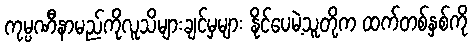
ကုမ္ပဏီနာမည်ကိုလူသိများချင်မှများ နိုင်ပေမဲ့သူတို့က ထက်တစ်နှစ်ကို